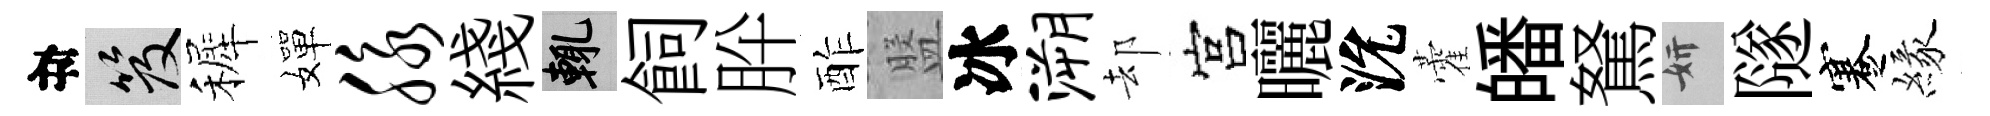
目笈裤嬋脉綫輒飼肸酢盤冰溯却宫曬沇藿皤駑妍隧蹇緣